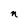
Character: n